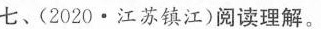
七、(2020·江苏镇江)阅读理解。